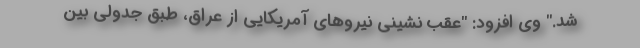
شد." وی افزود: "عقب نشینی نیروهای آمریکایی از عراق، طبق جدولی بین